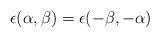
LaTeX: \begin{align*}\epsilon (\alpha,\beta ) = \epsilon (-\beta,-\alpha )\end{align*}